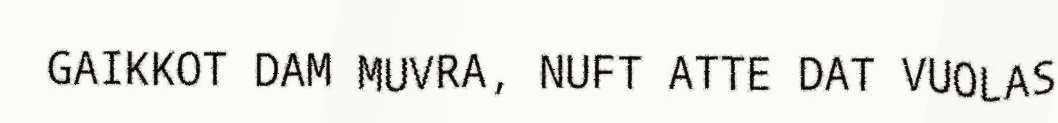
GAIKKOT DAM MUVRA, NUFT ATTE DAT VUOLAS